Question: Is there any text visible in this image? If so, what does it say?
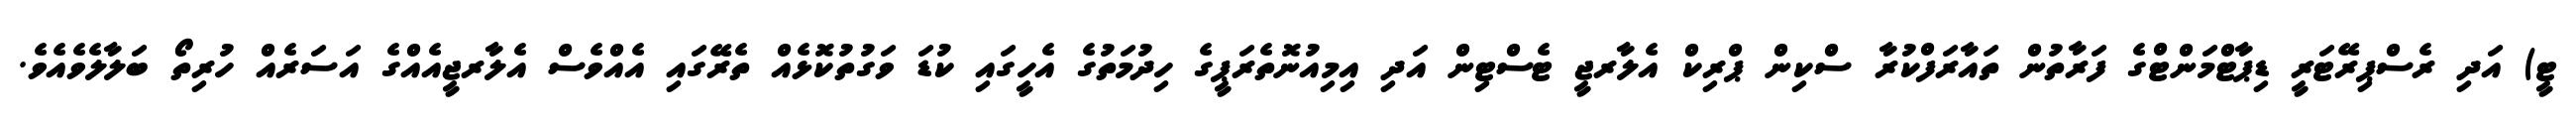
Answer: ޓީ) އަދި ރެސްޕިރޭޓަރީ ޑިޕާޓްމަންޓްގެ ފަރާތުން ތައާރަފްކުރާ ސްކިން ޕްރިކް އެލާރޖީ ޓެސްޓިން އަދި އިމިއުނޮތެރަޕީގެ ހިދުމަތުގެ އެހީގައި ކުޑަ ވަގުތުކޮޅެއް ތެރޭގައި އެއްވެސް އެލާރޖީއެއްގެ އަސަރެއް ހުރިތޯ ބަލާލެވެއެވެ.